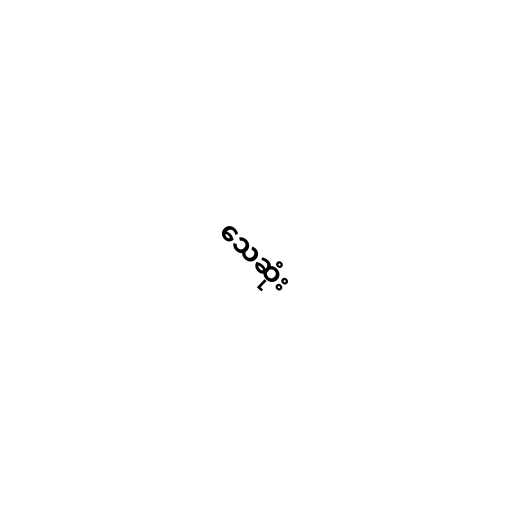
သေဆုံး